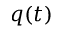
q ( t )